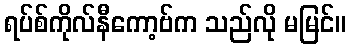
ရပ်စ်ကိုလ်နီကော့ဗ်က သည်လို မမြင်။